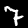
Label: 7